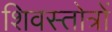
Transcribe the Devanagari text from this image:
शिवस्तोत्रों